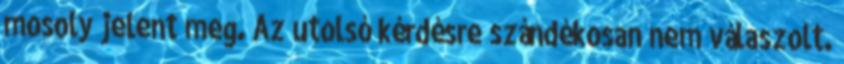
mosoly jelent meg. Az utolsó kérdésre szándékosan nem válaszolt.